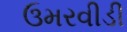
ઉમરવીડી